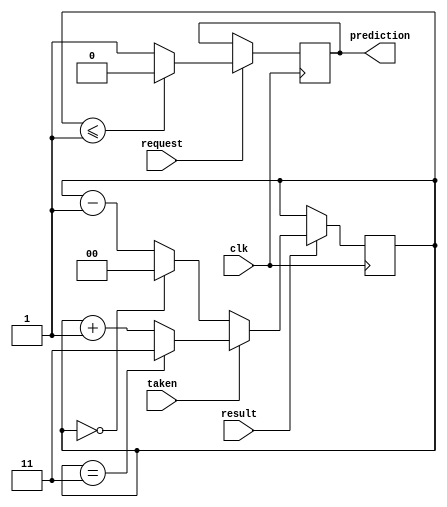
module predictor(input wire request, result, clk, taken, output reg prediction);
    reg [1:0] state =3;
// Your code

    always @(posedge clk)       
    begin
        if(request==1)
        begin
            if(state<=1)
                prediction=0;
            else
                prediction=1;
        end
        if(result==1)
        begin
            if(taken==0)
                state = state == 0? 0:state-1;
            else
                state = state ==3? 3:state+1;
        end
    end

endmodule